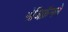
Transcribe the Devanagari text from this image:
रोजिक्रॅनने